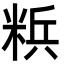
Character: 𮇡